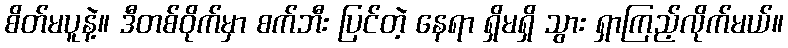
စိတ်မပူနဲ့။ ဒီတစ်ဝိုက်မှာ စက်ဘီး ပြင်တဲ့ နေရာ ရှိမရှိ သွား ရှာကြည့်လိုက်မယ်။